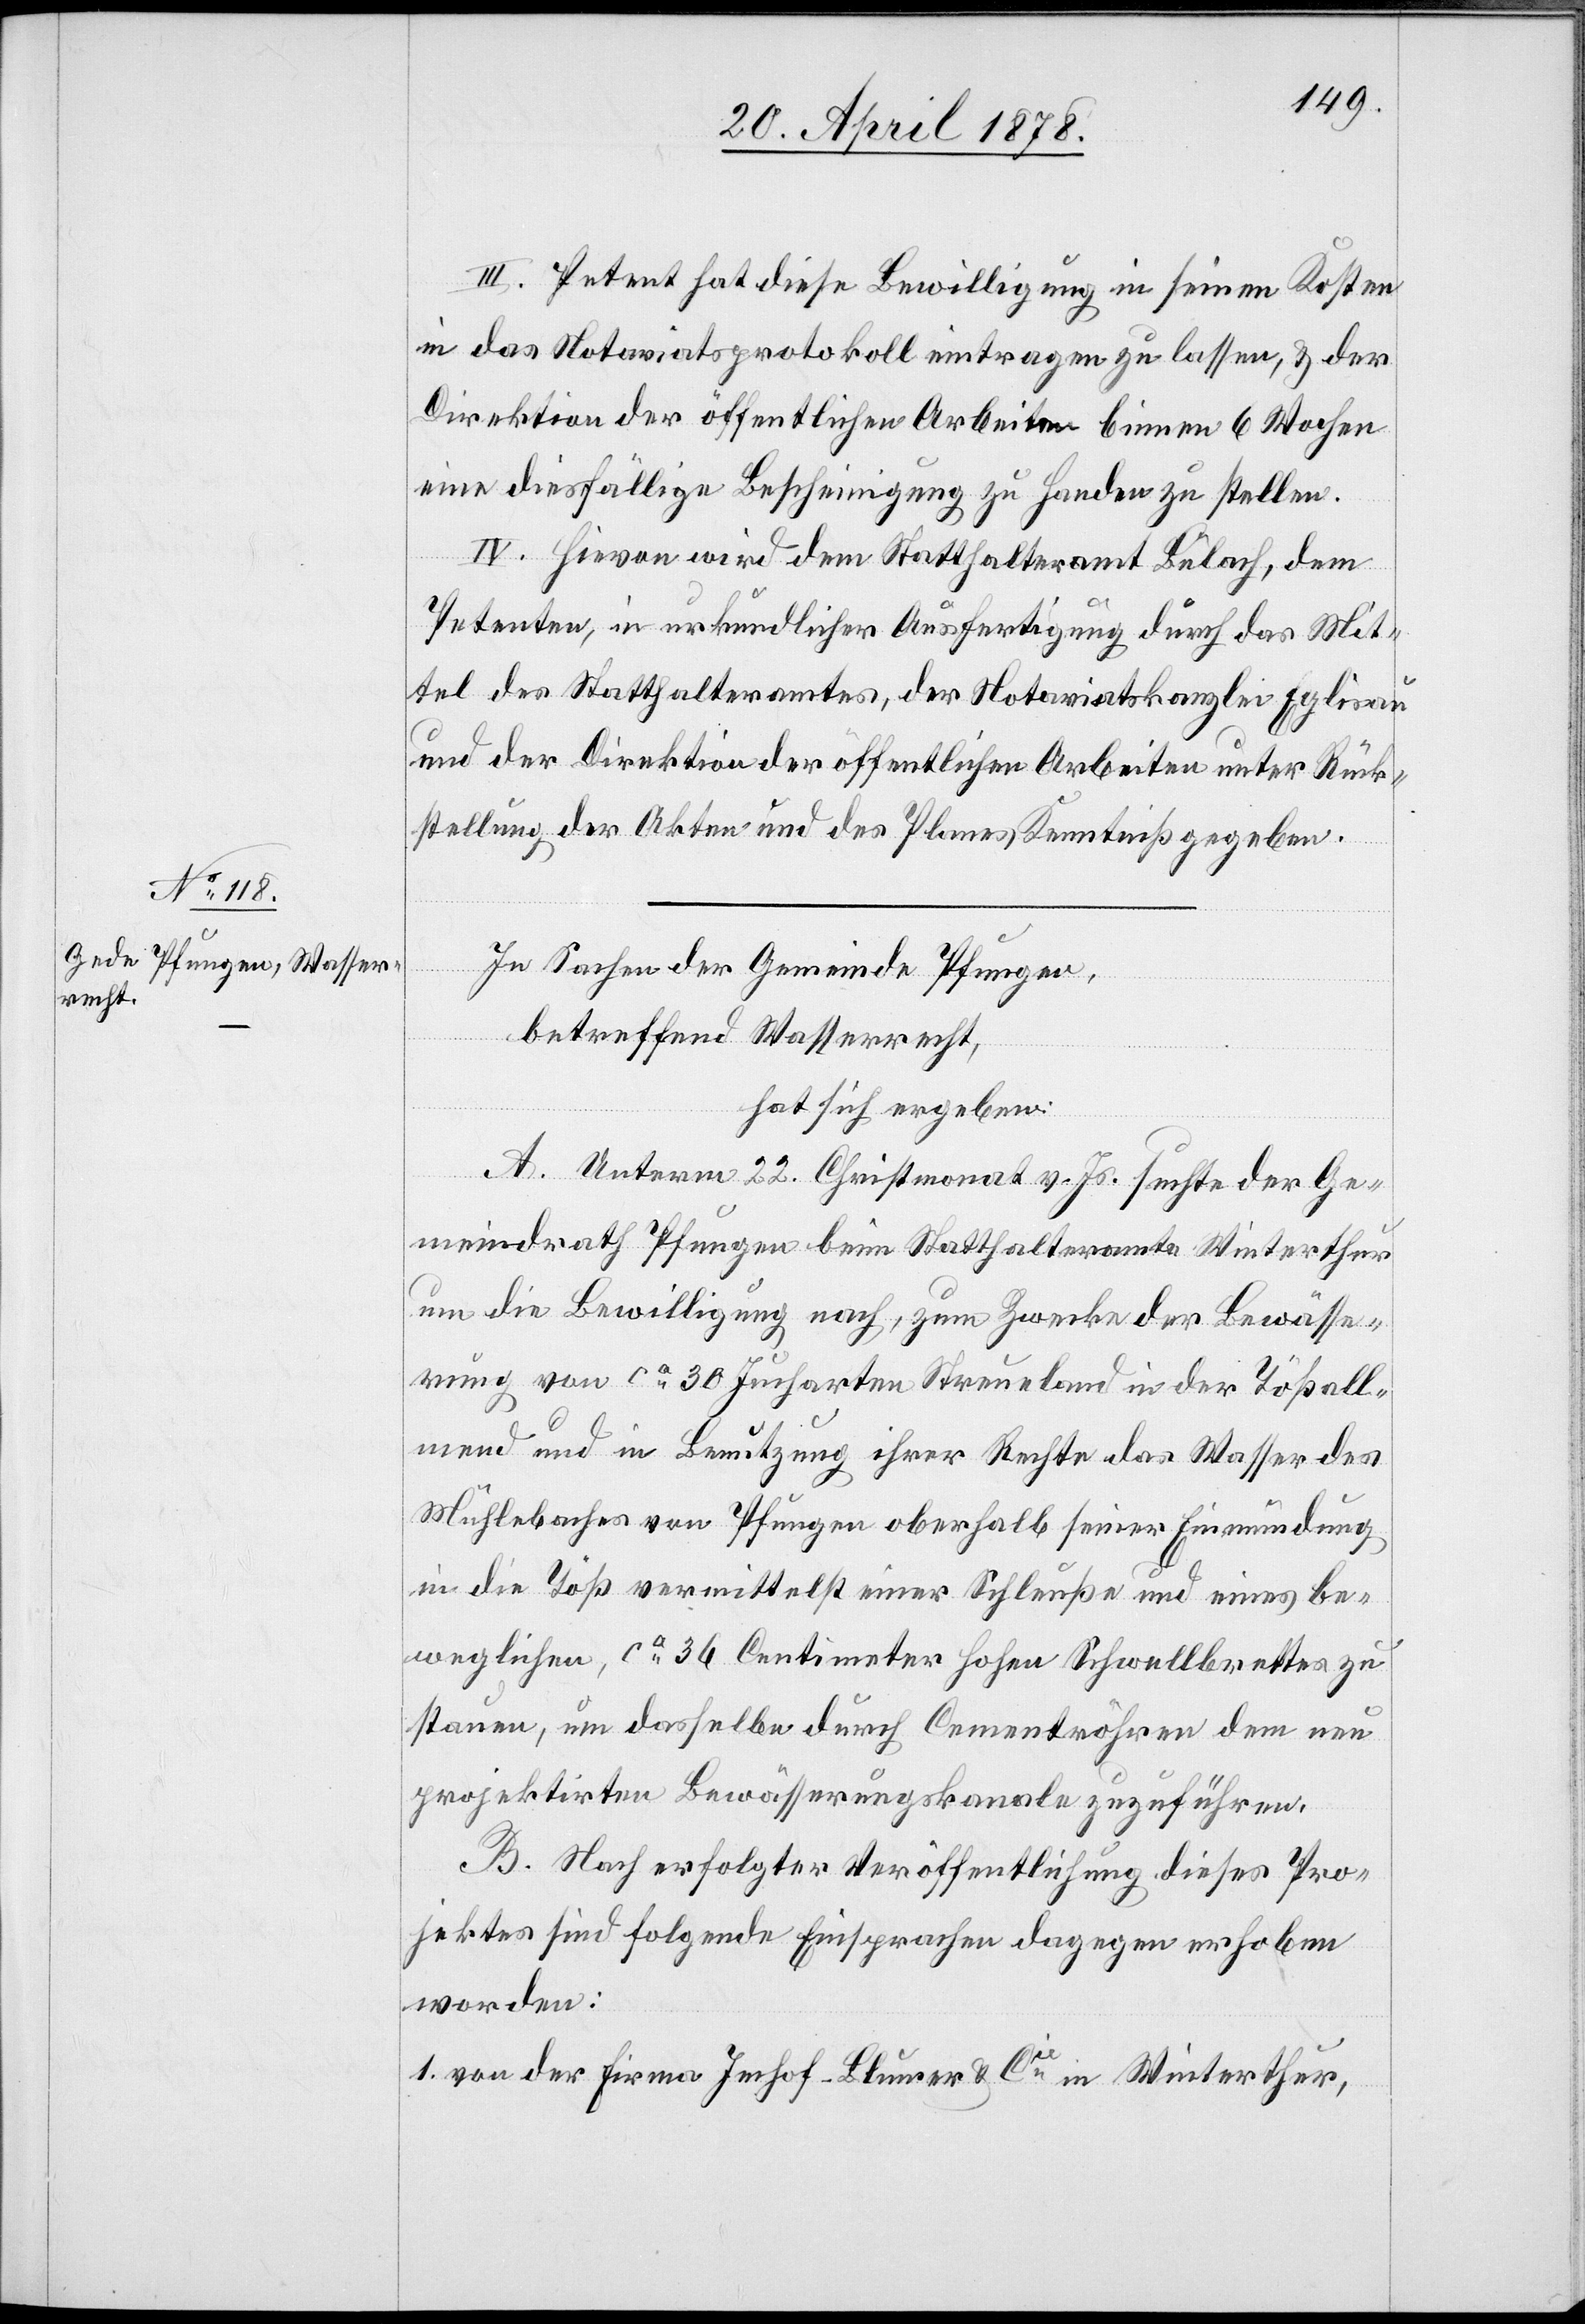
III. Petent hat diese Bewilligung in seinen Kosten
in das Notariatsprotokoll eintragen zu lassen, & der
Direktion der öffentlichen Arbeiten binnen 6 Wochen
eine diesfällige Bescheinigung zu Handen zu stellen.
IV. Hievon wird dem Statthalteramt Bülach, dem
Petenten, in urkundlicher Ausfertigung durch das Mit¬
tel des Statthalteramtes, der Notariatskanzlei Eglisau
und der Direktion der öffentlichen Arbeiten unter Rück¬
stellung der Akten und des Planes Kenntniß gegeben.
In Sachen der Gemeinde Pfungen,
betreffend Wasserrecht,
hat sich ergeben:
A. Unterm 22. Christmonat v. Js. suchte der Ge¬
meindrath Pfungen beim Statthalteramte Winterthur
um die Bewilligung nach, zum Zwecke der Bewässe¬
rung von ca 30 Jucharten Streuland in der Tößall¬
mend und in Benutzung ihrer Rechte das Wasser des
Mühlebaches von Pfungen oberhalb seiner Einmündung
in die Töß vermittelst einer Schleuße und eines be¬
weglichen, ca 36 Centimeter hohen Schwellbrettes zu
stauen, um dasselbe durch Cementröhren dem neu
projektirten Bewässerungskanale zuzuführen.
B. Nach erfolgter Veröffentlichung dieses Pro¬
jektes sind folgende Einsprachen dagegen erhoben
worden:
1. von der Firma Imhof-Blumer & Cie in Winterthur,